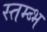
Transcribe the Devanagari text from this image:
स्तम्ब्भ